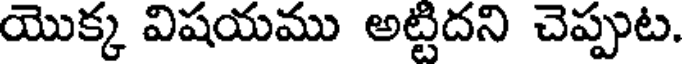
యొక్క విషయము అట్టిదని చెప్పుట.